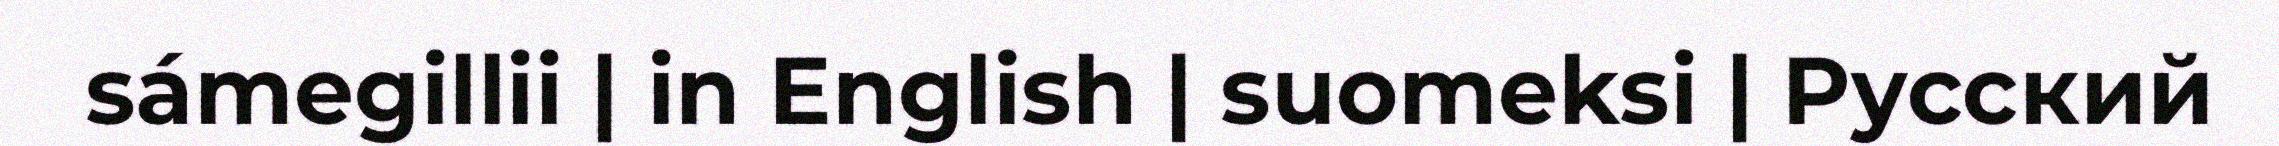
sámegillii | in English | suomeksi | Русский